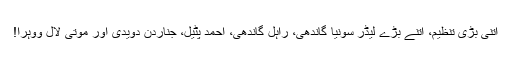
اتنی بڑی تنظیم، اتنے بڑے لیڈر سونیا گاندھی، راہل گاندھی، احمد پٹیل، جناردَن دویدی اور موتی لال ووہرا!